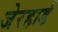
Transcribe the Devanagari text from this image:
जेरहार्ड